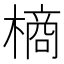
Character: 𭫶